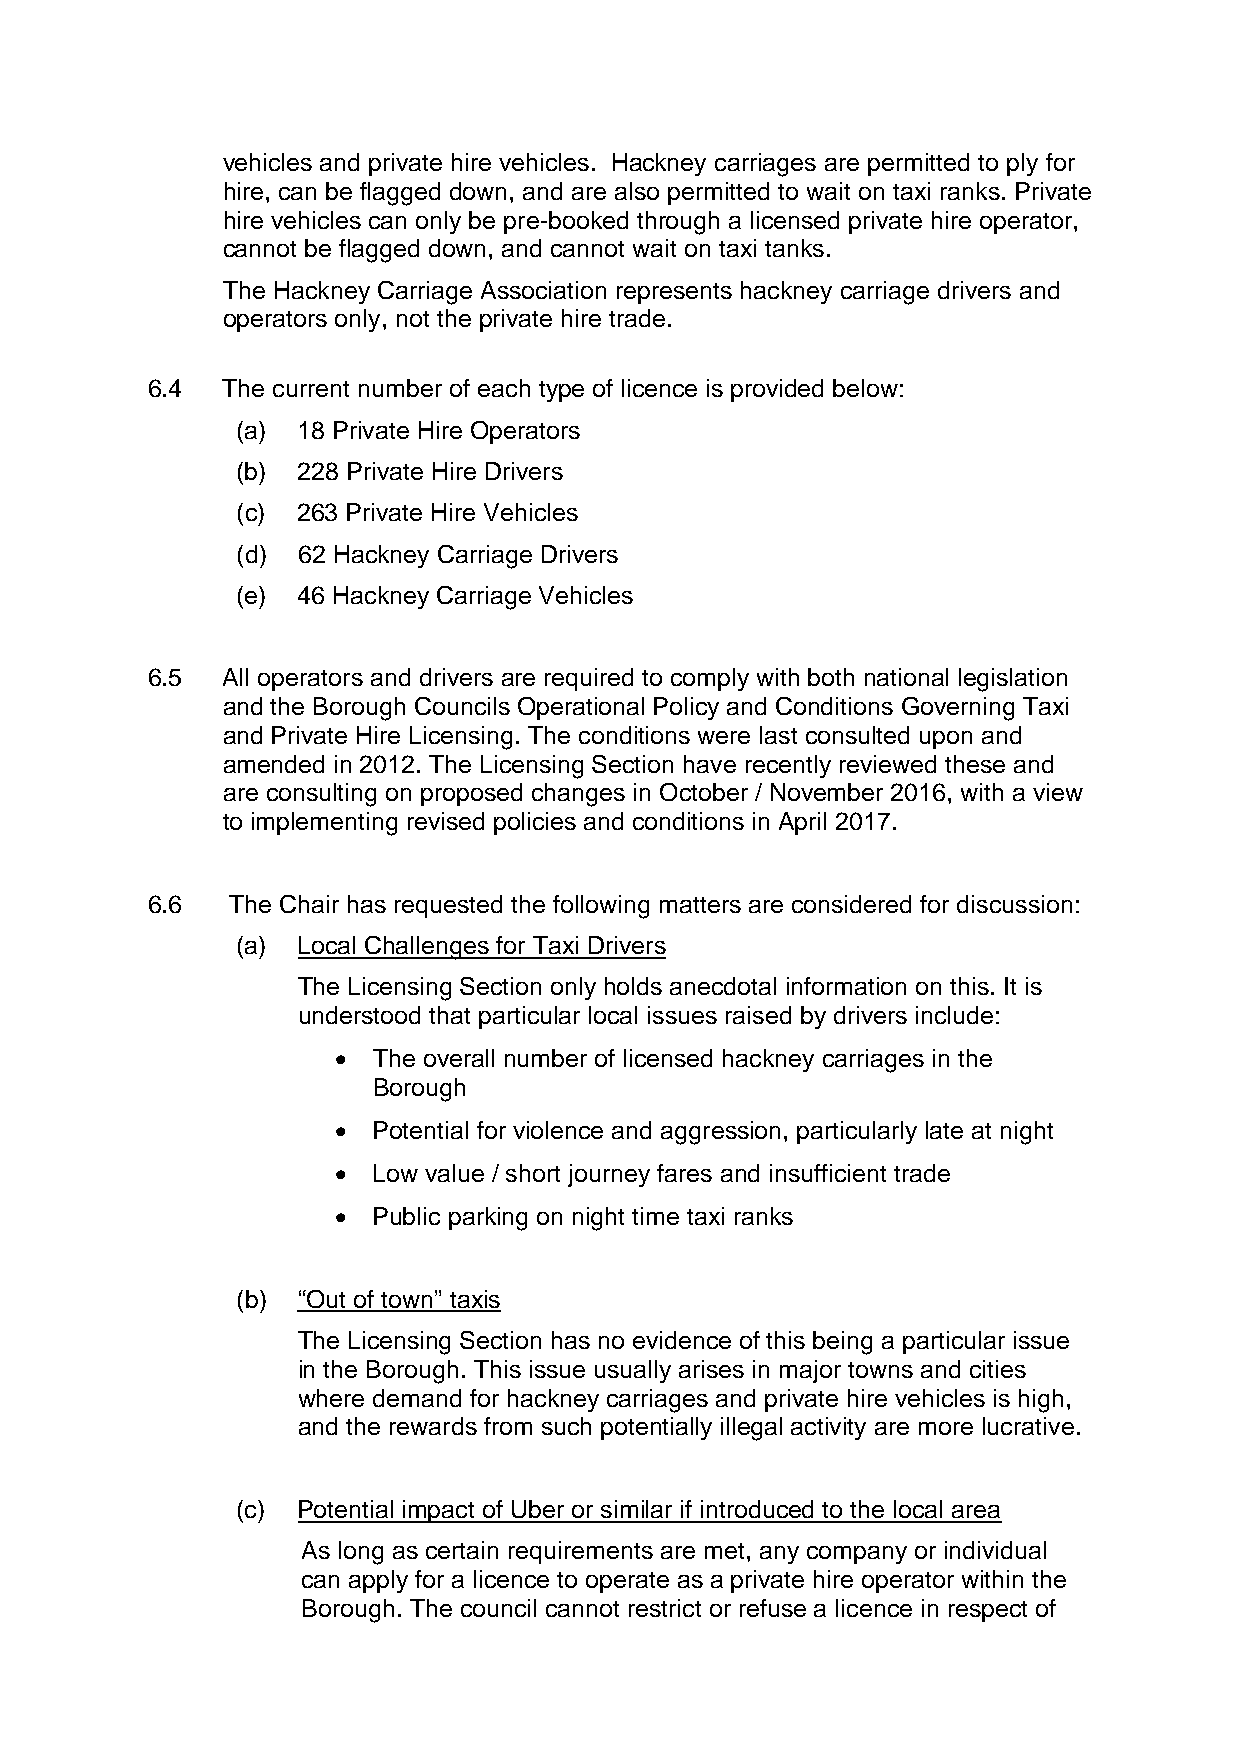
vehicles and private hire vehicles. Hackney carriages are permitted to ply for
 hire, can be flagged down, and are also permitted to wait on taxi ranks. Private
 hire vehicles can only be pre-booked through a licensed private hire operator,
 cannot be flagged down, and cannot wait on taxi tanks.
 The Hackney Carriage Association represents hackney carriage drivers and
 operators only, not the private hire trade.
 6.4  The current number of each type of licence is provided below:
 (a) 18 Private Hire Operators
 (b) 228 Private Hire Drivers
 (c) 263 Private Hire Vehicles
 (d) 62 Hackney Carriage Drivers
 (e) 46 Hackney Carriage Vehicles
 6.5  All operators and drivers are required to comply with both national legislation
 and the Borough Councils Operational Policy and Conditions Governing Taxi
 and Private Hire Licensing. The conditions were last consulted upon and
 amended in 2012. The Licensing Section have recently reviewed these and
 are consulting on proposed changes in October / November 2016, with a view
 to implementing revised policies and conditions in April 2017.
 6.6  The Chair has requested the following matters are considered for discussion:
 (a) Local Challenges for Taxi Drivers
 The Licensing Section only holds anecdotal information on this. It is
 understood that particular local issues raised by drivers include:
   The overall number of licensed hackney carriages in the
 Borough
   Potential for violence and aggression, particularly late at night
   Low value / short journey fares and insufficient trade
   Public parking on night time taxi ranks
 (b) “Out of town” taxis
 The Licensing Section has no evidence of this being a particular issue
 in the Borough. This issue usually arises in major towns and cities
 where demand for hackney carriages and private hire vehicles is high,
 and the rewards from such potentially illegal activity are more lucrative.
 (c) Potential impact of Uber or similar if introduced to the local area
 As long as certain requirements are met, any company or individual
 can apply for a licence to operate as a private hire operator within the
 Borough. The council cannot restrict or refuse a licence in respect of